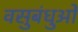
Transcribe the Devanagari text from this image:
वसुबंधुओं